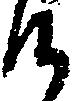
候